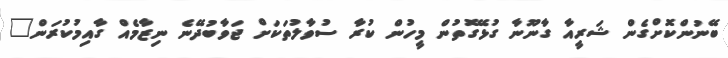
ބޭނުންކޮށްގެން ޝަރީއާ ގާނޫނާ ގުޅޭގޮތުން މީހުން ކުރާ ސުވާލުތަކަށް ޖަވާބުދޭނެ ނިޒާމެއް ގާއިމުކުރަން"